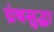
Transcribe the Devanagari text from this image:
ग्रंथसुद्धा